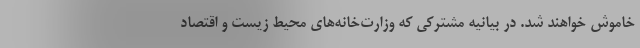
خاموش خواهند شد. در بیانیه مشترکی که وزارت‌خانه‌های محیط زیست و اقتصاد